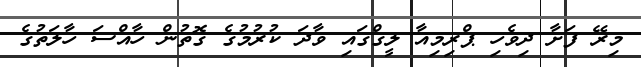
މިރޭ ފަށާ ދިވެހި ޕްރިމިއާ ލީގްގައި ވާދަ ކުރުމުގެ ގޮތުން ހާއްސަ ހާލަތުގެ